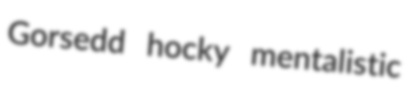
Gorsedd hocky mentalistic